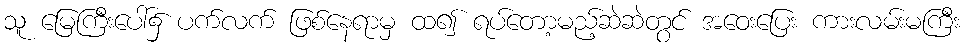
သူ မြေကြီးပေါ်၌ ပက်လက် ဖြစ်နေရာမှ ထ၍ ရပ်တော့မည့်ဆဲဆဲတွင် အဝေးပြေး ကားလမ်းမကြီး